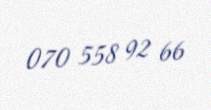
070 558 92 66